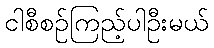
ငါစီစဉ်ကြည့်ပါဦးမယ်